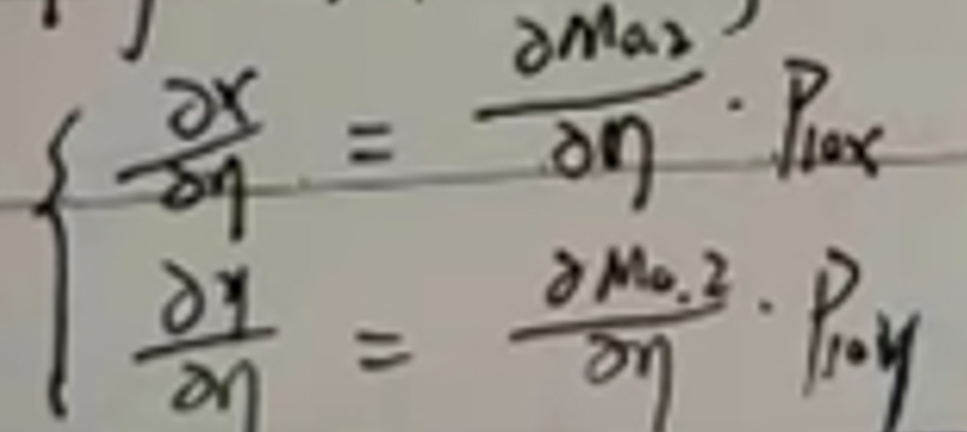
\[
\begin{cases}
\frac{\partial x}{\partial \eta}=\frac{\partial M_{a2}}{\partial \eta}\cdot P_{1ax}\\
\frac{\partial y}{\partial \eta}=\frac{\partial M_{a2}}{\partial \eta}\cdot P_{1ay}
\end{cases}
\]